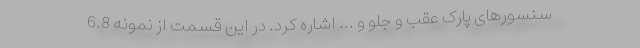
سنسورهای پارک عقب و جلو و ... اشاره کرد. در این قسمت از نمونه 6.8